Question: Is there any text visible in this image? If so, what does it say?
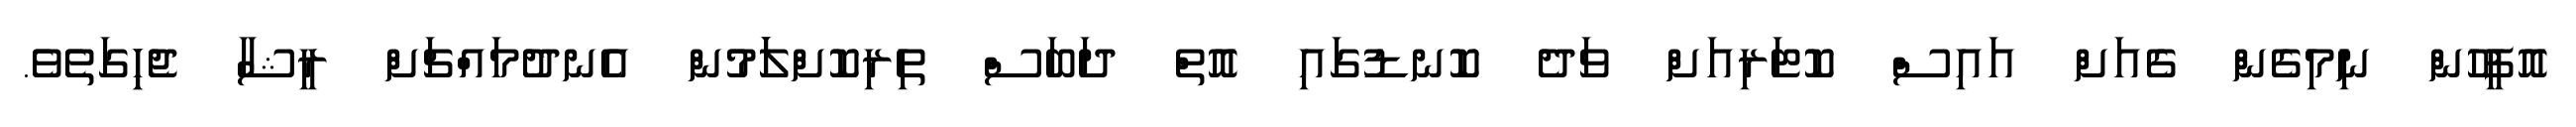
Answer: އޮފީހުން ނިމިގެން ގެއަށް އައިސް ކޮޓަރިއަށް ވަދެ ކޮނޑުގައި އޮތް ދަބަސް ތިރިކޮށްލަަމުން އެނދުމައްޗަށް ރީޝާ ޖެހިިގަތެވެ.